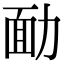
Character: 勔